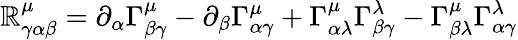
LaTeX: \mathbb{R}_{\gamma\alpha\beta}^{\mu}=\partial_{\alpha}\Gamma_{\beta\gamma}^{\mu}-\partial_{\beta}\Gamma_{\alpha\gamma}^{\mu}+\Gamma_{\alpha\lambda}^{\mu}\Gamma_{\beta\gamma}^{\lambda}-\Gamma_{\beta\lambda}^{\mu}\Gamma_{\alpha\gamma}^{\lambda}